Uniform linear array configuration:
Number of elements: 24
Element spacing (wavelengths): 1
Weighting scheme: uniform
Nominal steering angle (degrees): -30
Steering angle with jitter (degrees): -31.671
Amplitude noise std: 0.05
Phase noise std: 0.05

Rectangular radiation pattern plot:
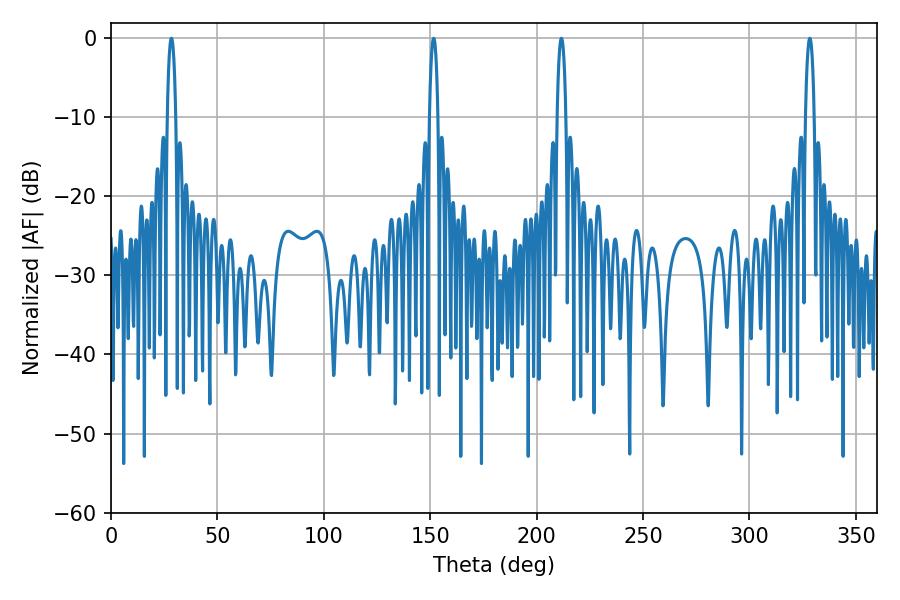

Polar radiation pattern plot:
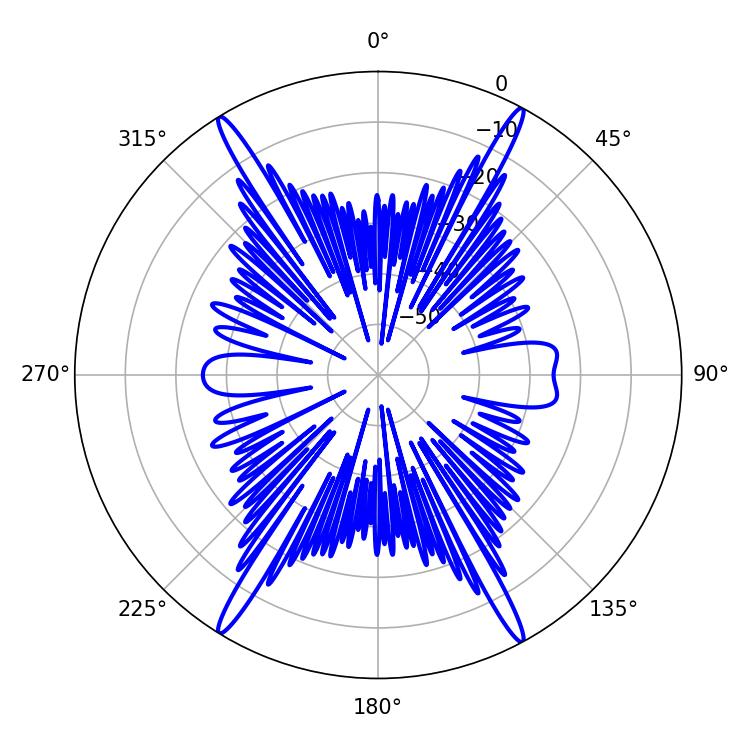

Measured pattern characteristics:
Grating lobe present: TRUE
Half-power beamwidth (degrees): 2.34
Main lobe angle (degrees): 328.32